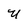
Character: U